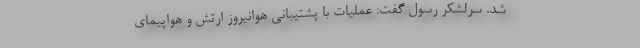
شد. سرلشکر رسول گفت: عملیات با پشتیبانی هوانیروز ارتش و هواپیمای